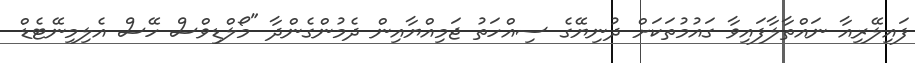
ފައިލޭރިއާ ނައްތާލާފައިވާ ގައުމުތަކަށް ދުނިޔޭގެ ސިއްހަތު ޖަމިއްޔާއިން ދެމުންގެންދާ "މޯލްޑިވްސް ހޭސް އެލިމިނޭޓެޑް